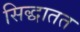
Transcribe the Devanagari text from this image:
सिद्धातत